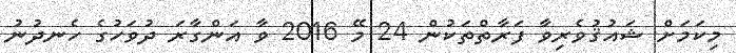
މިކަމަށް ޝައުޤުވެރިވާ ފަރާތްތަކުން 24 މޭ 2016 ވާ އަންގާރަ ދުވަހުގެ ހެނދުނު